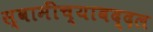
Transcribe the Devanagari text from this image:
स्वामींच्याबद्दल